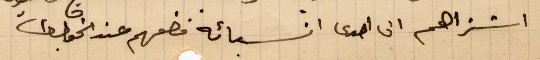
اشتراهم الى احدى انسبائه فضعهم عند الخواجه